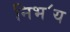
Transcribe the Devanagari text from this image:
निभ॔य